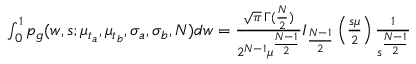
\begin{array} { r } { \int _ { 0 } ^ { 1 } p _ { g } ( w , s ; \mu _ { t _ { a } } , \mu _ { t _ { b } } , \sigma _ { a } , \sigma _ { b } , N ) d w = \frac { \sqrt { \pi } \, \Gamma ( \frac { N } { 2 } ) } { 2 ^ { N - 1 } \mu ^ { \frac { N - 1 } { 2 } } } I _ { \frac { N - 1 } { 2 } } \left( \frac { s \mu } { 2 } \right) \frac { 1 } { s ^ { \frac { N - 1 } { 2 } } } } \end{array}